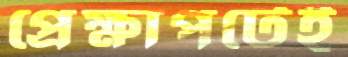
প্রেক্ষাপটেই